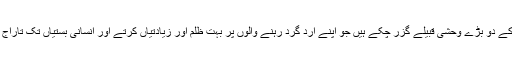
یہ انسانی نسل کے دو بڑے وحشی قبیلے گزر چکے ہیں جو اپنے اِرد گرد رہنے والوں پر بہت ظلم اور زیادتیاں کرتے اور انسانی بستیاں تک تاراج کر دیتے تھے۔